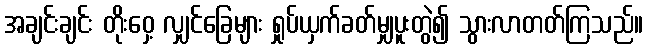
အချင်းချင်း တိုးဝှေ့ လျှင်ခြေများ ရှုပ်ယှက်ခတ်မျှပူးတွဲ၍ သွားလာတတ်ကြသည်။